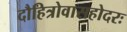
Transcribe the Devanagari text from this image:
दौहित्रोवासहोदरः